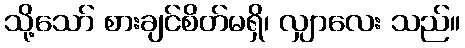
သို့သော် စားချင်စိတ်မရှိ၊ လျှာလေး သည်။